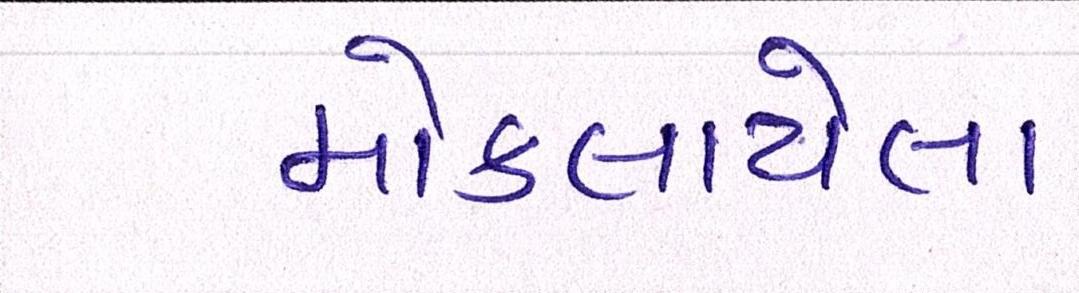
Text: મોકલાયેલા